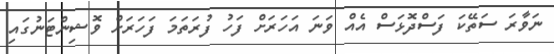
ނަވާރަ ސަތޭކަ ފަސްދޮޅަސް އެއް ވަނަ އަހަރަށް ފަހު ފުރަތަމަ ފަހަރަށް ވޮޝިންޓަނުގައި